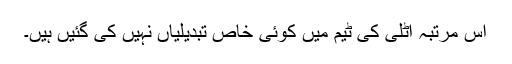
اس مرتبہ اٹلی کی ٹیم میں کوئی خاص تبدیلیاں نہیں کی گئیں ہیں۔